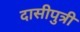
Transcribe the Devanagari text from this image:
दासीपुत्री